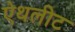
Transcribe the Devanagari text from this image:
ऐथलीट